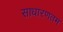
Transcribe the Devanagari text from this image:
साधारणतम